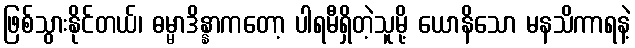
ဖြစ်သွားနိုင်တယ်၊ ဓမ္မာဒိန္နာကတော့ ပါရမီရှိတဲ့သူမို့ ယောနိသော မနသိကာရနဲ့